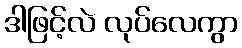
ဒါဖြင့်လဲ လုပ်လေကွာ